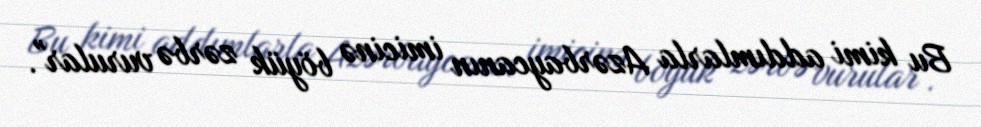
Bu kimi addımlarla Azərbaycanın imicinə böyük zərbə vurular".